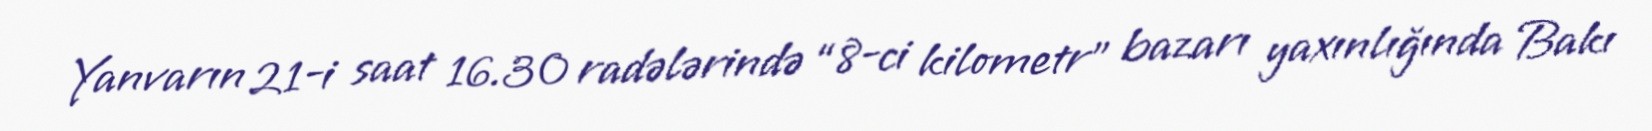
Yanvarın 21-i saat 16.30 radələrində “8-ci kilometr” bazarı yaxınlığında Bakı